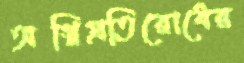
অগ্নিপ্রতিরোধের